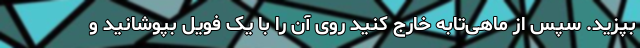
بپزید. سپس از ماهی‌تابه خارج کنید روی آن را با یک فویل بپوشانید و